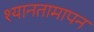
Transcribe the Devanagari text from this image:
श्यानतामापन